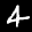
Label: 4